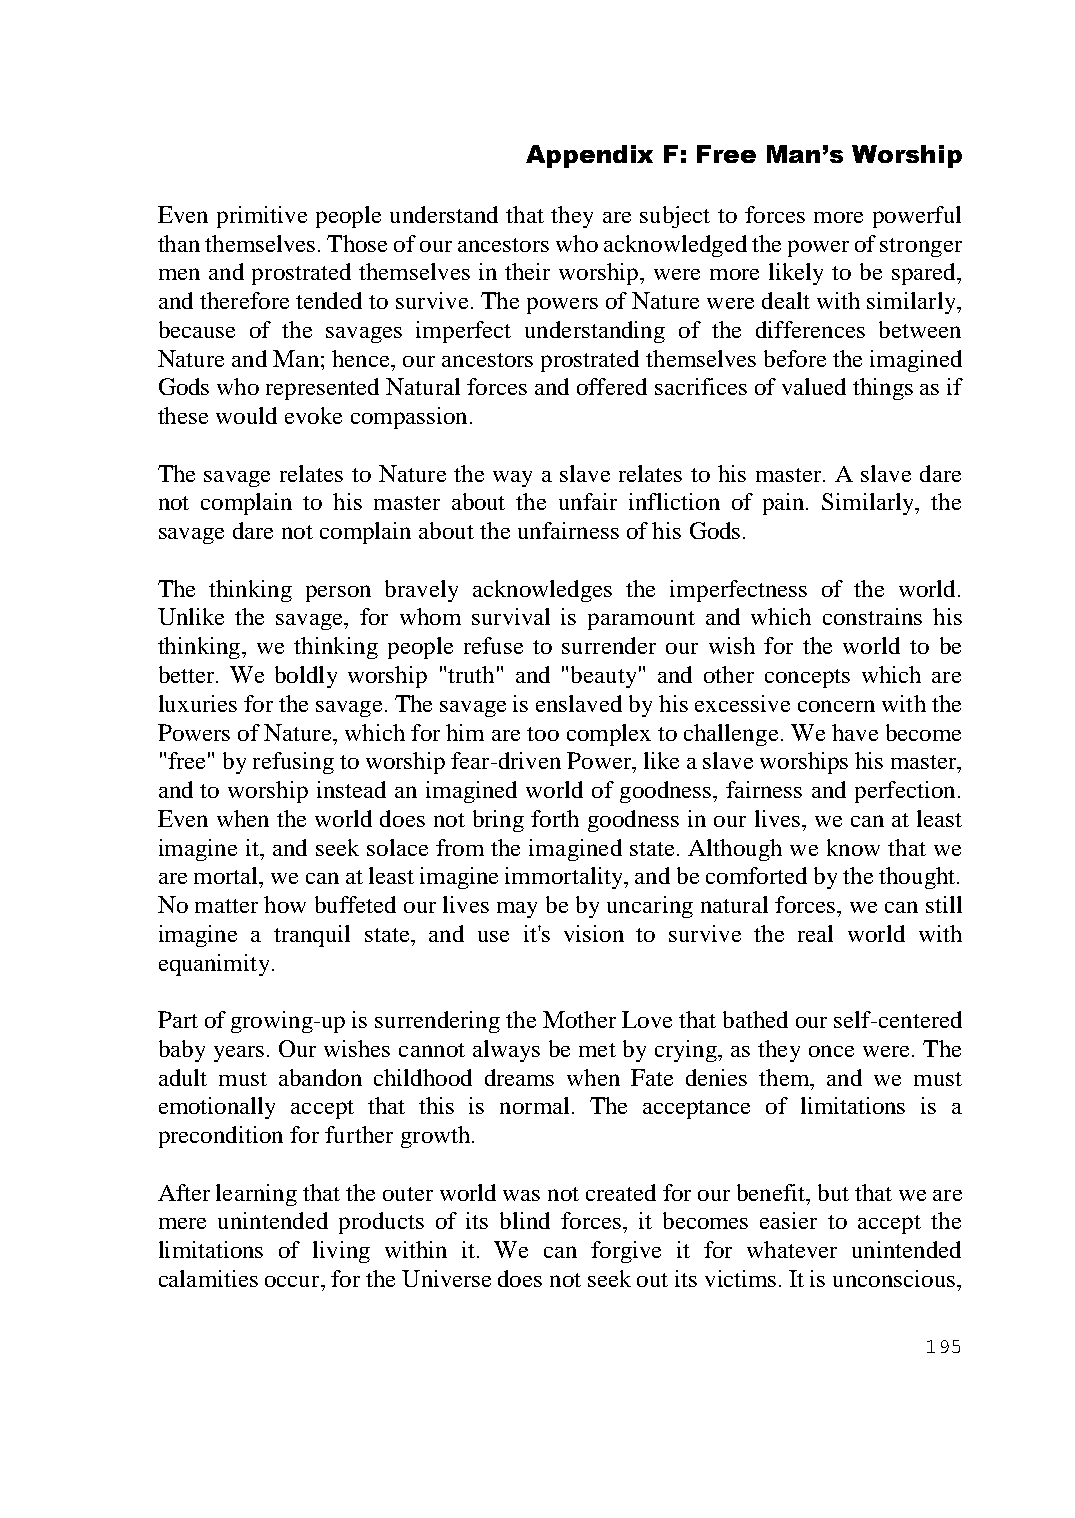
Appendix F: Free Man’s Worship
 Even primitive people understand that they are subject to forces more powerful
 than themselves. Those of our ancestors who acknowledged the power of stronger
 men and prostrated themselves in their worship, were more likely to be spared,
 and therefore tended to survive. The powers of Nature were dealt with similarly,
 because of the savages imperfect understanding of the differences between
 Nature and Man; hence, our ancestors prostrated themselves before the imagined
 Gods who represented Natural forces and offered sacrifices of valued things as if
 these would evoke compassion.
 The savage relates to Nature the way a slave relates to his master. A slave dare
 not complain to his master about the unfair infliction of pain. Similarly, the
 savage dare not complain about the unfairness of his Gods.
 The thinking person bravely acknowledges the imperfectness of the world.
 Unlike the savage, for whom survival is paramount and which constrains his
 thinking, we thinking people refuse to surrender our wish for the world to be
 better. We boldly worship "truth" and "beauty" and other concepts which are
 luxuries for the savage. The savage is enslaved by his excessive concern with the
 Powers of Nature, which for him are too complex to challenge. We have become
 "free" by refusing to worship fear-driven Power, like a slave worships his master,
 and to worship instead an imagined world of goodness, fairness and perfection.
 Even when the world does not bring forth goodness in our lives, we can at least
 imagine it, and seek solace from the imagined state. Although we know that we
 are mortal, we can at least imagine immortality, and be comforted by the thought.
 No matter how buffeted our lives may be by uncaring natural forces, we can still
 imagine a tranquil state, and use it's vision to survive the real world with
 equanimity.
 Part of growing-up is surrendering the Mother Love that bathed our self-centered
 baby years. Our wishes cannot always be met by crying, as they once were. The
 adult must abandon childhood dreams when Fate denies them, and we must
 emotionally accept that this is normal. The acceptance of limitations is a
 precondition for further growth.
 After learning that the outer world was not created for our benefit, but that we are
 mere unintended products of its blind forces, it becomes easier to accept the
 limitations of living within it. We can forgive it for whatever unintended
 calamities occur, for the Universe does not seek out its victims. It is unconscious,
 195